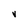
Character: V